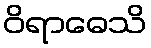
ဝိရာဓေသိ